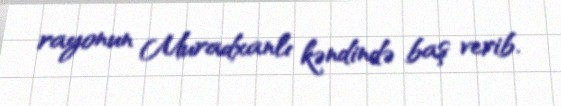
rayonun Muradxanlı kəndində baş verib.